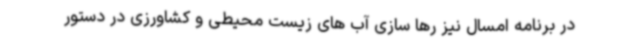
در برنامه امسال نیز رها سازی آب های زیست محیطی و کشاورزی در دستور